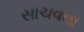
સાચવતા